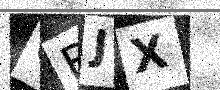
Text: CBJX